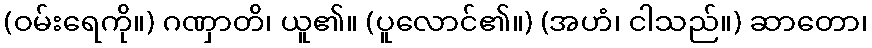
(ဝမ်းရေကို။) ဂဏှာတိ၊ ယူ၏။ (ပူလောင်၏။) (အဟံ၊ ငါသည်။) ဆာတော၊